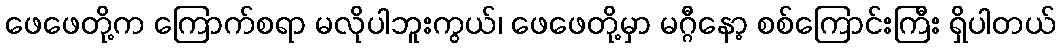
ဖေဖေတို့က ကြောက်စရာ မလိုပါဘူးကွယ်၊ ဖေဖေတို့မှာ မဂ္ဂီနော့ စစ်ကြောင်းကြီး ရှိပါတယ်